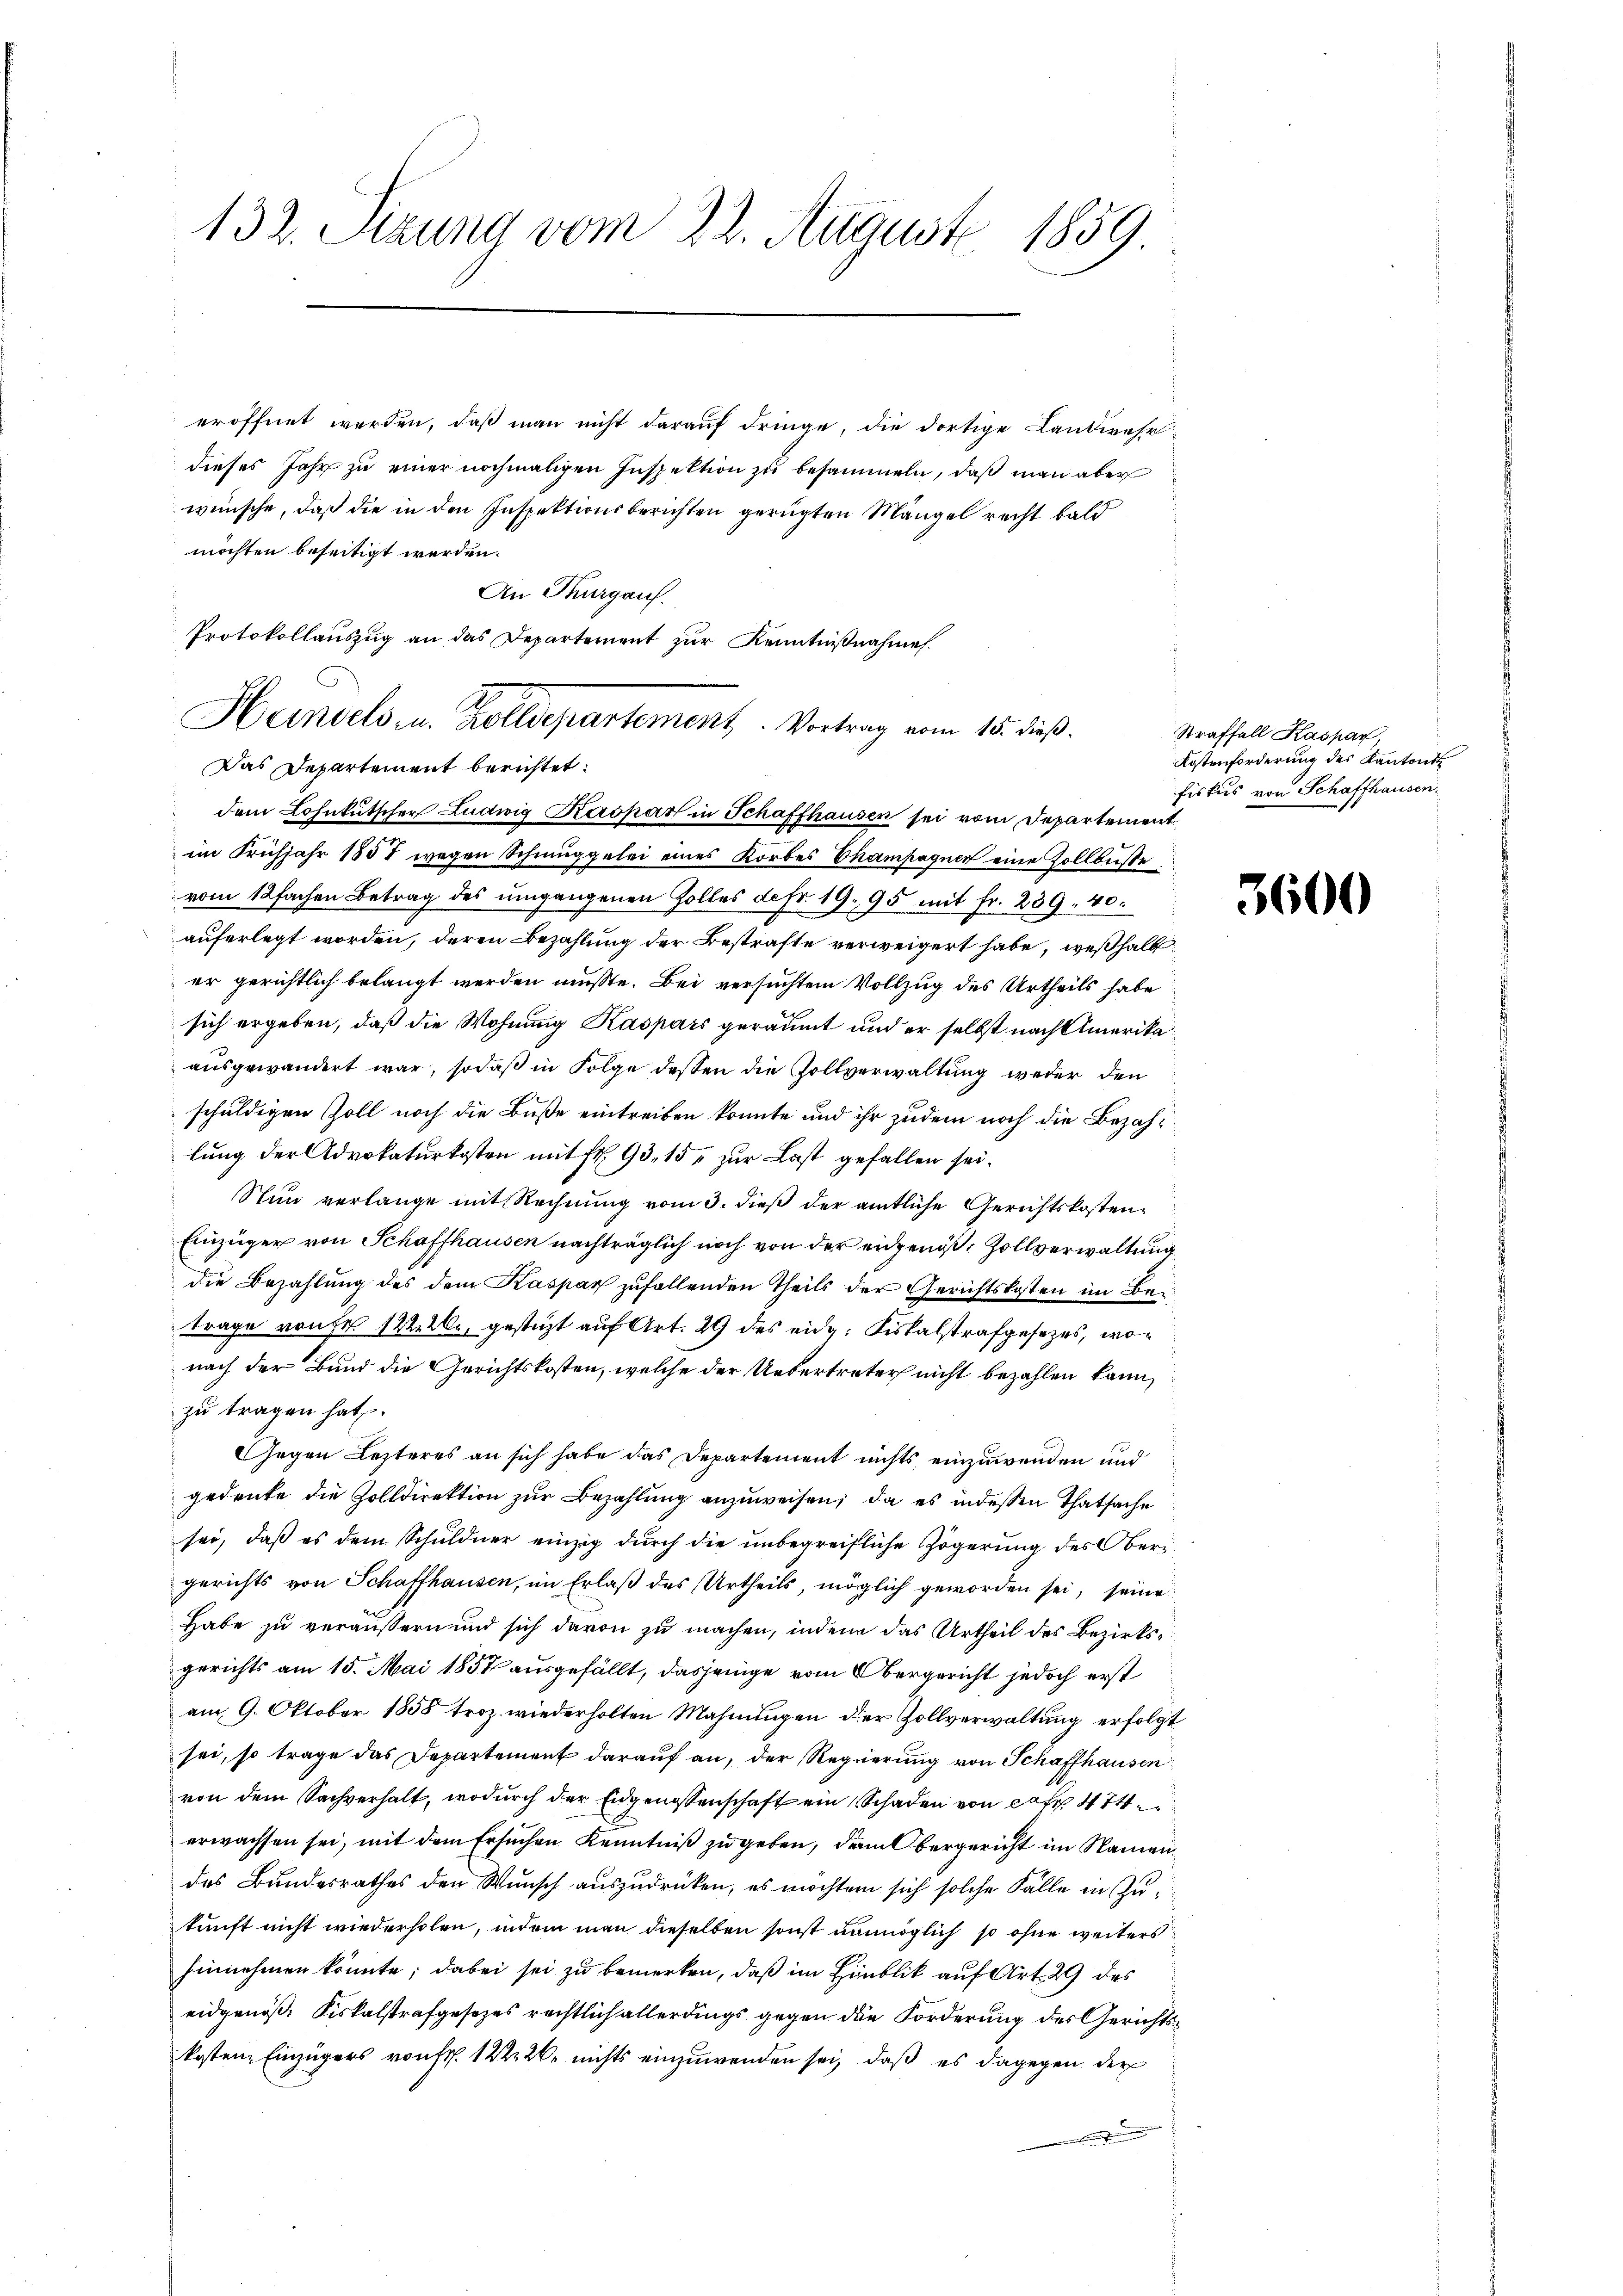
132. Sitzung vom 22. August 1859.

eröffnet werden, daß man nicht darauf dringe, die dortige Landwehr
dieses Jahr zu einer nochmaligen Inspektion zu besammeln, daß man aber
wünsche, daß die in den Inspektionsberichten gerügten Mängel recht bald
möchten beseitigt werden.
An Thurgaus.
Das Departement berichtet:
dem Lohnkutscher Ludwig Kaspar in Schaffhausen sei vom Departement
im Frühjahr 1857 wegen Schmuggelei eines Korbes Champagner eine Zollbusse
vom 12fachen Betrag des umgangenen Zolles defr. 19. 95 mit fr. 239. 40.
auferlegt worden, deren Bezahlung der Bestrafte verweigert habe, weßhalb
er gerichtlich belangt werden müsste. Bei versuchtem Vollzug des Urtheils habe
sich ergeben, daß die Wohnung Kaspars geräumt und er selbst nach Amerikaausgewandert war, sodaß in Folge dessen die Zollverwaltung weder den
schuldigen Zoll noch die Buße eintreiben konnte und ihr zudem noch die Bezahlung der Advokaturkosten mit fr. 93, 15 zur Last gefallen sei.
Nun verlange mit Rechnung vom 3. dieß der amtliche Gerichtskosten¬
Einzüger von Schaffhausen nachträglich noch von der eidgenoß, Zollverwaltung
die Bezahlung des dem Kaspar zufallenden Theils der Gerichtskosten im Betrage von se stelle, gestüzt auf Art. 29 des eidg. Fiskalstrafgesezes, wonach der Bund die Gerichtskosten, welche der Uebertreter nicht bezahlen kann,
zu tragen hat.
Gegen Lezteres an sich habe das Departement nichts, einzuwenden und
gedenke die Zolldirektion zur Bezahlung anzuweisen; da es indessen Thatsache
sei, daß es dem Schuldner einzig durch die unbegreifliche Zögerung des Obergerichts von Schaffhausen, im Erlaß des Urtheils, möglich geworden sei, seine
Habe zu veräußern und sich davon zu machen, indem das Urtheil des Bezirksgerichts am 15. Mai 1857 ausgefällt, dasjenige vom Obergericht jedoch erst
am 9. Oktober 1858 troz wiederholten Mahnungen der Zollverwaltung erfolgt
sei, so trage das Departement darauf an, der Regierung von Schaffhausen
von dem Sachverhalt, wodurch der Eidgenossenschaft ein Schaden von cas 474
erwachsen sei, mit dem Ersuchen Kenntniß zu geben, dem Obergericht im Namen
des Bundesrathes den Wunsch auszudrücken, es möchten sich solche Fälle in Zukunft nicht wiederholen, indem man dieselben sonst unmöglich so ohne weiters
hinnehmen könnte; dabei sei zu bemerken, daß im Himblik auf Art. 29 des
eidgenöß: Fiskalstrafgesetzes rechtlich allerdings gegen die Forderung des Gerichtskosten Einzügers von fr. 122 20. nichts einzuwenden sei, daß es dagegen der

Protokollaŭszŭg an das Departement zŭr Kenntniβnahme.
Handels- u. Zolldepartement. Vortrag vom 15. dieß.

Straffall Kaspar,
Kostenforderung des Kantons
Fiskus von Schaffhausen.

3600